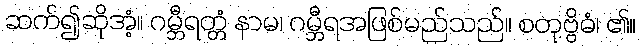
ဆက်၍ဆိုအံ့။ ဂမ္ဘီရတ္တံ နာမ၊ ဂမ္ဘီရအဖြစ်မည်သည်။ စတုဗ္ဗိဓံ၊ ၏။